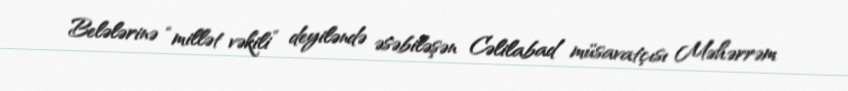
Belələrinə “millət vəkili” deyiləndə əsəbiləşən Cəlilabad müsavatçısı Məhərrəm